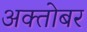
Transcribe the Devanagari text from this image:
अक्तोबर